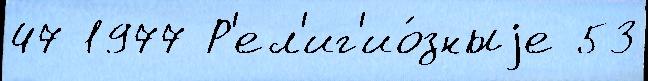
47 1977 Р'ел'иг'ио́зныjе 53